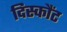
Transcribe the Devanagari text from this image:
दिस्कौंट